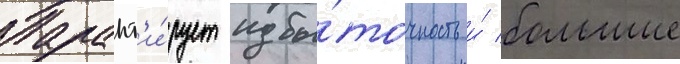
Гарант'и́рует избы́точность и́ большие